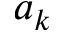
a _ { k }